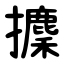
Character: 攈